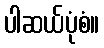
ပါဆယ်ပုံစံ။